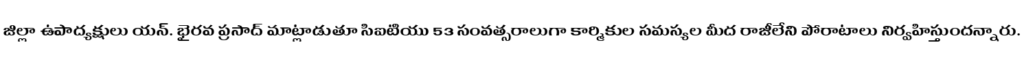
జిల్లా ఉపాద్యక్షులు యన్. భైరవ ప్రసాద్ మాట్లాడుతూ సిఐటియు 53 సంవత్సరాలుగా కార్మికుల సమస్యల మీద రాజీలేని పోరాటాలు నిర్వహిస్తుందన్నారు.